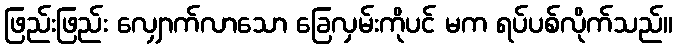
ဖြည်းဖြည်း လျှောက်လာသော ခြေလှမ်းကိုပင် မက ရပ်ပစ်လိုက်သည်။